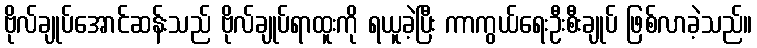
ဗိုလ်ချုပ်အောင်ဆန်းသည် ဗိုလ်ချုပ်ရာထူးကို ရယူခဲ့ပြီး ကာကွယ်ရေးဦးစီးချုပ် ဖြစ်လာခဲ့သည်။